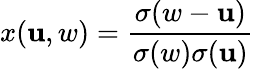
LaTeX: x(\mathbf{u},w)={\frac{{\sigma(w-\mathbf{u})}}{{\sigma(w)\sigma(\mathbf{u})}}}